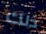
ذلك